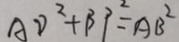
A D ^ { 2 } + B P ^ { 2 } = A B ^ { 2 }